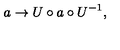
a \rightarrow U \circ a \circ U ^ { - 1 } ,